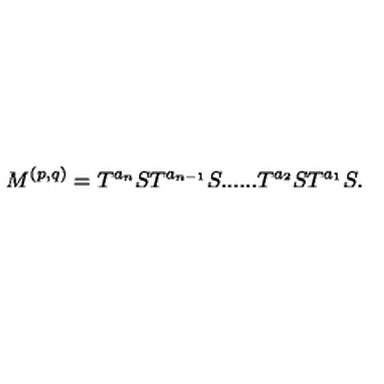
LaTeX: M ^ { ( p , q ) } = T ^ { a _ { n } } S T ^ { a _ { n - 1 } } S . . . . . . T ^ { a _ { 2 } } S T ^ { a _ { 1 } } S .